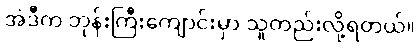
အဲဒီက ဘုန်းကြီးကျောင်းမှာ သူတည်းလို့ရတယ်။